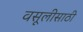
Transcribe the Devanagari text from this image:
वसूलीसाठी